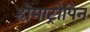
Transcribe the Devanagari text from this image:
होमाट्रोपिन